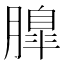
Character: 𦟞